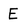
Character: E